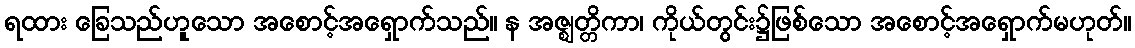
ရထား ခြေသည်ဟူသော အစောင့်အရှောက်သည်။ န အဇ္ဈတ္တိကာ၊ ကိုယ်တွင်း၌ဖြစ်သော အစောင့်အရှောက်မဟုတ်။